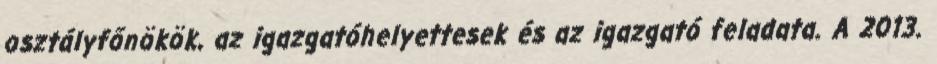
osztályfőnökök, az igazgatóhelyettesek és az igazgató feladata. A 2013.